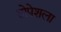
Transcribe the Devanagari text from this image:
तोपेशला